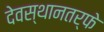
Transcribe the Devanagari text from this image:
देवस्थानतर्फे